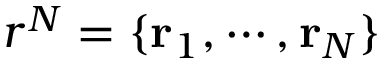
r ^ { N } = \{ \mathbf { r } _ { 1 } , \cdots , \mathbf { r } _ { N } \}